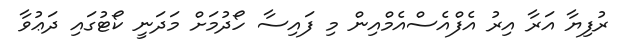
ރުފިޔާ އަރާ އިރު އެފްއެސްއެމްއިން މި ފައިސާ ހޯދުމަށް މަދަނީ ކޯޓުގައި ދަޢުވާ